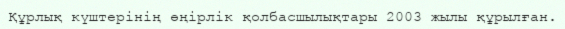
Құрлық күштерінің өңірлік қолбасшылықтары 2003 жылы құрылған.